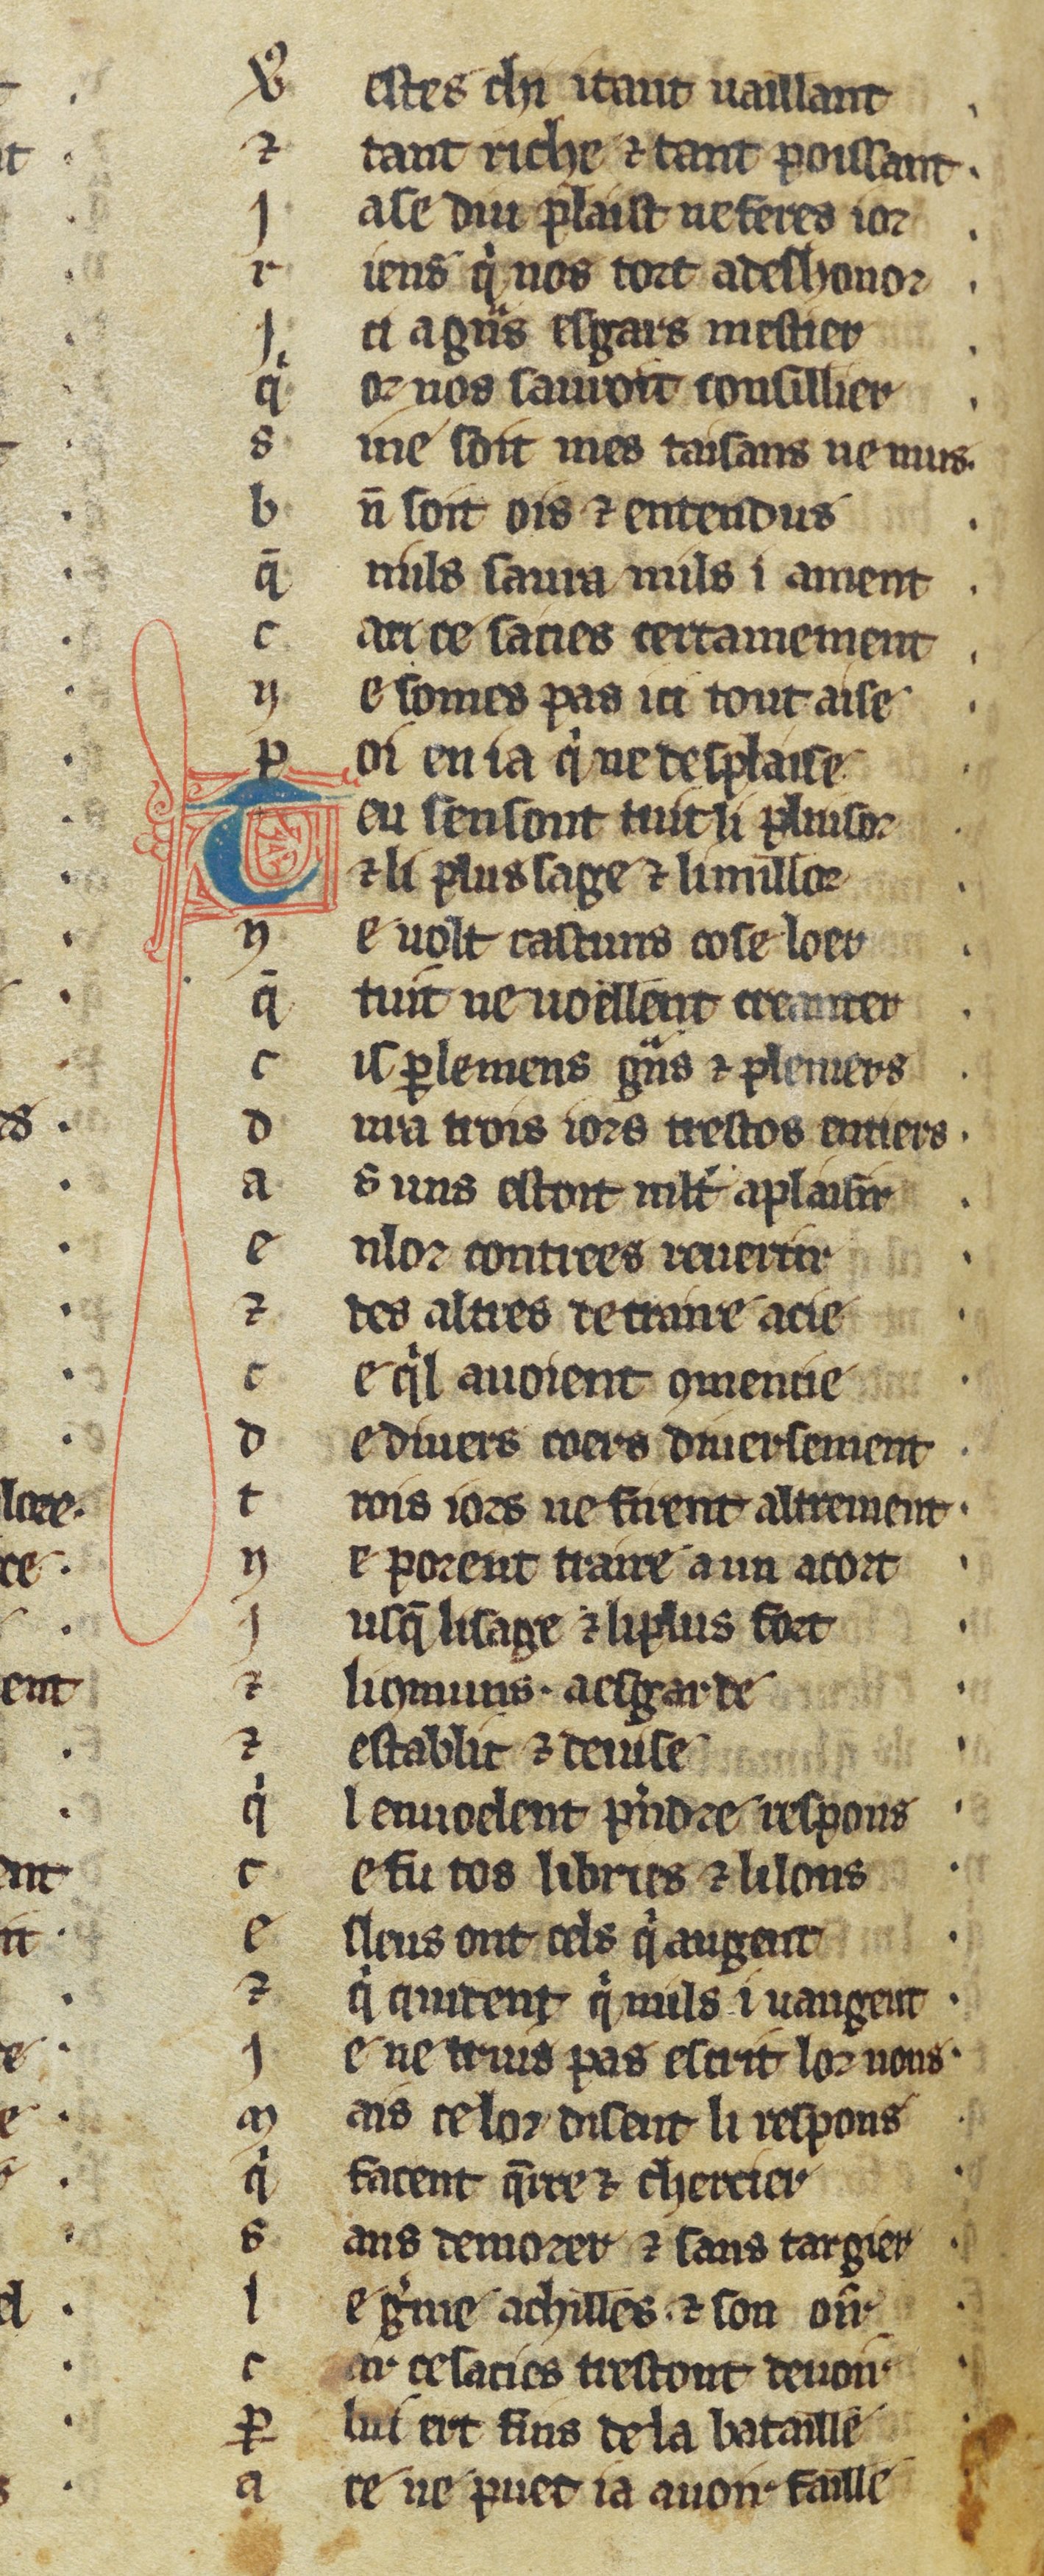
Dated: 1270–1299